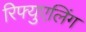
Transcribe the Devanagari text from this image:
रिफ्युएलिंग